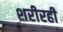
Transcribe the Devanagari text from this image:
शरीरही